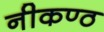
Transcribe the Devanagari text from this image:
नीकण्ठ